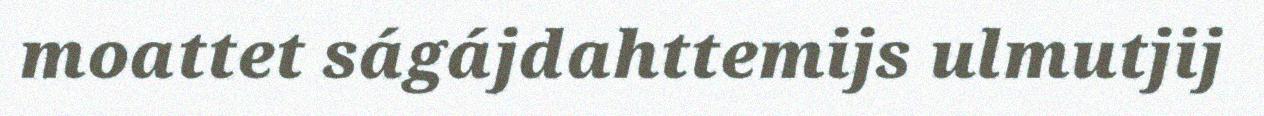
moattet ságájdahttemijs ulmutjij